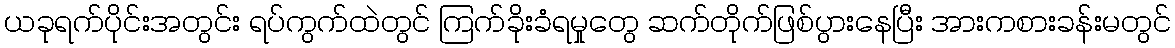
ယခုရက်ပိုင်းအတွင်း ရပ်ကွက်ထဲတွင် ကြက်ခိုးခံရမှုတွေ ဆက်တိုက်ဖြစ်ပွားနေပြီး အားကစားခန်းမတွင်